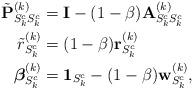
LaTeX: \begin{align*}\tilde{\mathbf{P}}_{S_k^c S_{k}^c}^{(k)} & = \mathbf{I} - (1-\beta) \mathbf{A}_{S_k^c S_{k}^c}^{(k)} \\\tilde{r}_{S_k^c}^{(k)} & = (1-\beta) \mathbf{r}_{S_k^c}^{(k)} \\\boldsymbol{\beta}_{S_k^c}^{(k)} & = \mathbf{1}_{S_k^c} - (1-\beta) \mathbf{w}_{S_k^c}^{(k)},\end{align*}